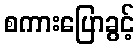
စကားပြောခွင့်